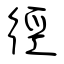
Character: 徑